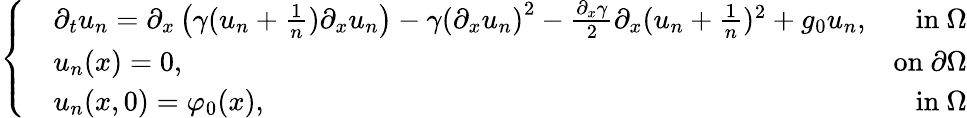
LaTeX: \left\{ \begin{array}{rlr}&{\partial_{t}u_{n}=\partial_{x}\left(\gamma(u_{n}+\frac{1}{n})\partial_{x}u_{n}\right)-\gamma\left(\partial_{x}u_{n}\right)^{2}-\frac{\partial_{x}\gamma}{2}\partial_{x}(u_{n}+\frac{1}{n})^{2}+g_{0}u_{n},}&{\mathrm{in~}\Omega}\\ &{u_{n}(x)=0,}&{\mathrm{on~}\partial\Omega}\\ &{u_{n}(x,0)=\varphi_{0}(x),}&{\mathrm{in~}\Omega}\end{array}\right.